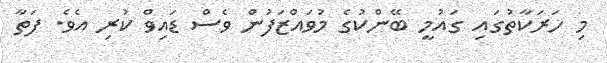
މި ހަރަކާތުގައި ގައުމީ ބޭންކުގެ މުވައްޒަފުން ވެސް ޑައިވް ކުރި އެވެ. ފަތާ